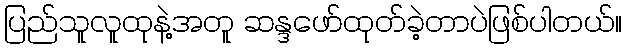
ပြည်သူလူထုနဲ့အတူ ဆန္ဒဖော်ထုတ်ခဲ့တာပဲဖြစ်ပါတယ်။